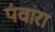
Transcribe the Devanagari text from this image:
पंवारा